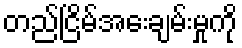
တည်ငြိမ်အေးချမ်းမှုကို